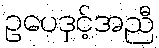
ဥပေဒှင့်အညီ